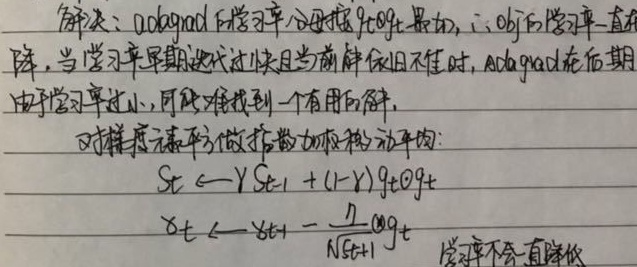
解决：Adagrad 的学习率分母累加项越来越大，\(\theta_j\) 的学习率一直在降，当学习率早期迭代过快且当前解依旧不佳时，Adagrad 在后期由于学习率过小，可能难找到一个有用的解。

对梯度元素平方做指数加权移动平均：
\[S_t \leftarrow \gamma S_{t - 1} + (1 - \gamma) g_t \odot g_t\]
\[\theta_t \leftarrow \theta_{t - 1} - \frac{\eta}{\sqrt{S_t + \epsilon}} \odot g_t\]

学习率不会一直降低